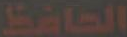
الحافظ